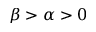
\beta > \alpha > 0